Statistical return of the lunatic asylum in Assam - 1912-1932
Year: 1912
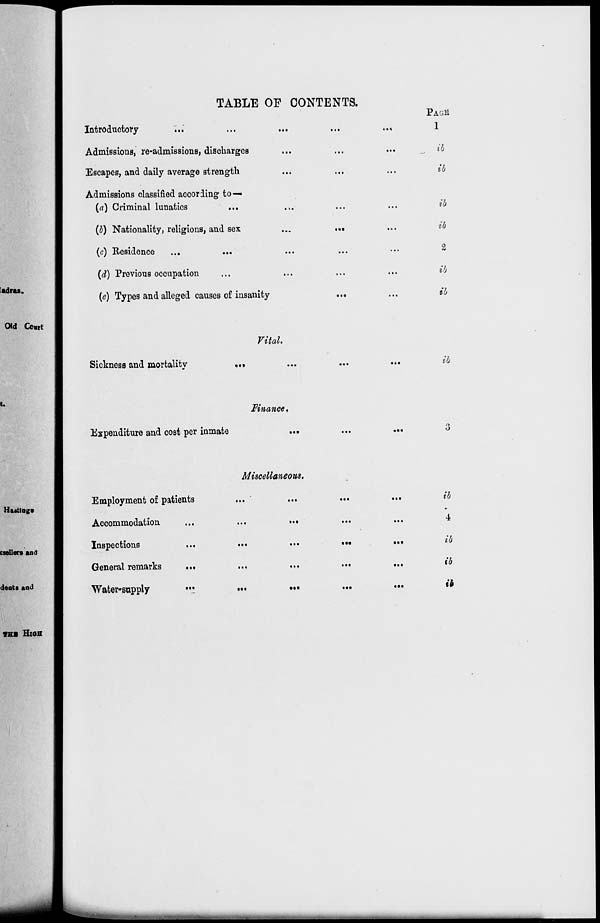
TABLE OF CONTENTS.
Introductory
",.."
Admissions, re-admissions, discharges
Escapes, and daily average strength
Admissions classified according to—
(a) Criminal lunatics
(b) Nationality, religions, and sex
(c) Residence
(d) Previous occupation
(e) Types and alleged causes of insanity
PAGli
1
ib
ib
ib
ib
2
ib
ib
Vital,
Sickness and mortality
ib
Finance.
Expenditure and cost per inmate
csellers and
Employment of patients
Accommodation
Inspections
...
General remarks
...
Water-supply
...
Miscellaneous.
•§•
•••
•••
•••
ib
<i
ib
ib
ib